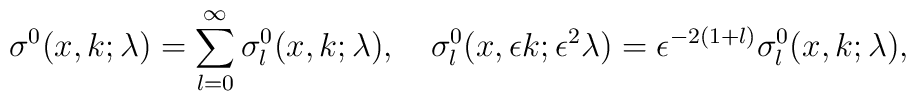
\sigma^0(x,k;\lambda)=\sum_{l=0}^{\infty}\sigma^0_l(x,k;\lambda),\quad\sigma^0_l(x,\epsilon k;\epsilon^2\lambda)=\epsilon^{-2(1+l)}\sigma^0_l(x,k;\lambda),